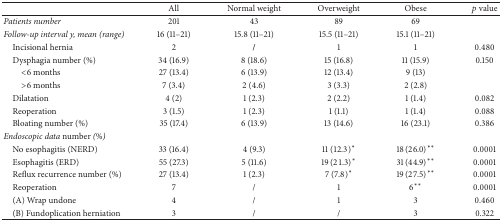
<table><thead><tr><td><b> </b></td><td><b>All</b></td><td><b>Normal weight</b></td><td><b>Overweight</b></td><td><b>Obese</b></td><td><b><i>p</i> value</b></td></tr></thead><tbody><tr><td><i>Patients number</i></td><td>201</td><td>43</td><td>89</td><td>69</td><td> </td></tr><tr><td><i>Follow-up interval y, mean (range)</i></td><td>16 (11–21)</td><td>15.8 (11–21)</td><td>15.5 (11–21)</td><td>15.1 (11–21)</td><td> </td></tr><tr><td> Incisional hernia</td><td>2</td><td>/</td><td>1</td><td>1</td><td>0.480</td></tr><tr><td> Dysphagia number (%)</td><td>34 (16.9)</td><td>8 (18.6)</td><td>15 (16.8)</td><td>11 (15.9)</td><td>0.150</td></tr><tr><td>&lt;6 months</td><td>27 (13.4)</td><td>6 (13.9)</td><td>12 (13.4)</td><td>9 (13)</td><td> </td></tr><tr><td>&gt;6 months</td><td>7 (3.4)</td><td>2 (4.6)</td><td>3 (3.3)</td><td>2 (2.8)</td><td> </td></tr><tr><td> Dilatation</td><td>4 (2)</td><td>1 (2.3)</td><td>2 (2.2)</td><td>1 (1.4)</td><td>0.082</td></tr><tr><td> Reoperation</td><td>3 (1.5)</td><td>1 (2.3)</td><td>1 (1.1)</td><td>1 (1.4)</td><td>0.088</td></tr><tr><td> Bloating number (%)</td><td>35 (17.4)</td><td>6 (13.9)</td><td>13 (14.6)</td><td>16 (23.1)</td><td>0.386</td></tr><tr><td><i>Endoscopic data </i>number <i>(%)</i></td><td> </td><td> </td><td> </td><td> </td><td> </td></tr><tr><td> No esophagitis (NERD)</td><td>33 (16.4)</td><td>4 (9.3)</td><td>11 (12.3)<sup><i>∗</i></sup></td><td>18 (26.0)<sup><i>∗∗</i></sup></td><td>0.0001</td></tr><tr><td> Esophagitis (ERD)</td><td>55 (27.3)</td><td>5 (11.6)</td><td>19 (21.3)<sup><i>∗</i></sup></td><td>31 (44.9)<sup><i>∗∗</i></sup></td><td>0.0001</td></tr><tr><td> Reflux recurrence number (%)</td><td>27 (13.4)</td><td>1 (2.3)</td><td>7 (7.8)<sup><i>∗</i></sup></td><td>19 (27.5)<sup><i>∗∗</i></sup></td><td>0.0001</td></tr><tr><td> Reoperation</td><td>7</td><td>/</td><td>1</td><td>6<sup><i>∗∗</i></sup></td><td>0.0001</td></tr><tr><td> (A) Wrap undone</td><td>4</td><td>/</td><td>1</td><td>3</td><td>0.460</td></tr><tr><td> (B) Fundoplication herniation</td><td>3</td><td>/</td><td>/</td><td>3</td><td>0.322</td></tr></tbody></table>